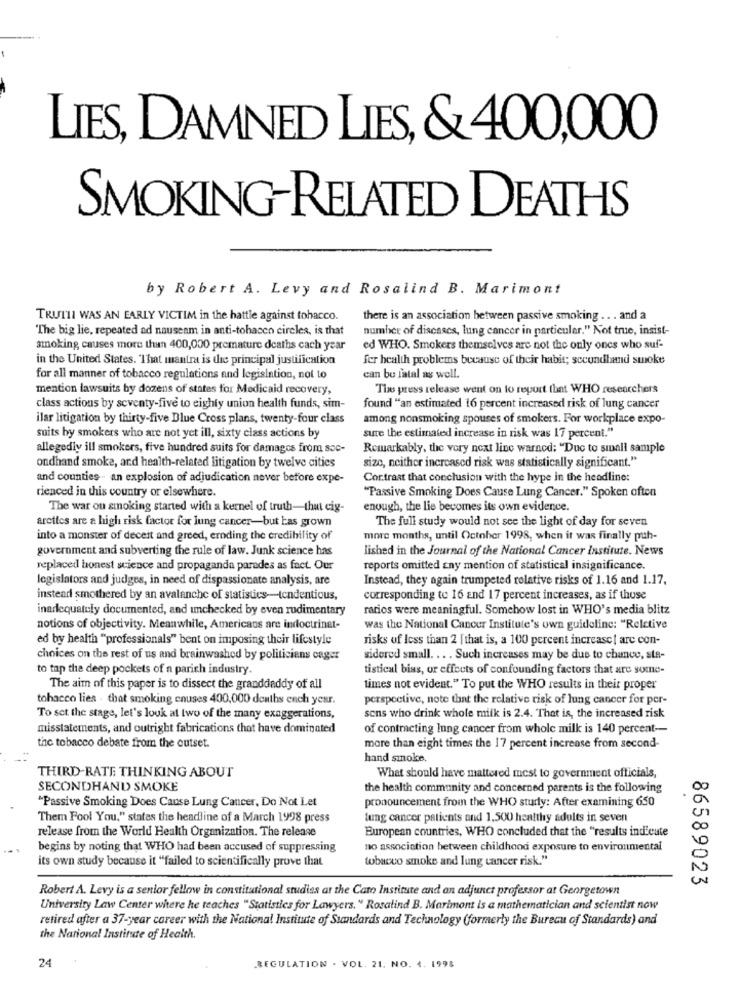
LIES, DAMNED LIES, & 400,000
SMOKING-RELATED DEATHS
by Robert A. Levy and Rosalind B. Marimont
TRUTHI WAS AN EARLY VICTIM in the battle against tobacco.
there is an association between passive smoking .. . and a
The big lie, repeated ad nauseam in anti-tobacco circles, is that
number of diseases, lung cancer in particular." Not true, insist-
smoking causes more than 400,000 premature deaths cach year
ed WHO. Smokers themselves are not the only ones who suf-
in the United States. That mantra is the principal justification
fer health problems because of their habit; secondhand smoke
for all manner of tobacco regulations and legislation, not to
can be latal as well.
mention lawsuits by dozens of states for Medicaid recovery,
Tins press release went on to report that WHO researchers
class actions by seventy-five to eighty union health funds, sim-
found "an estimated 16 percent increased risk of lung cancer
ilar litigation by thirty-five Blue Cross plans, twenty-four class
among nonsmoking spouses of smokers. For workplace expo-
suits by smokers who are not yet ill, sixty class actions by
sure the estimated increase in risk was 17 percent."
allegedly ill smokers, five hundred suits for damages from sec-
Remarkably, the very next line waracd: "Duc to small sample
size, neither increased risk was statistically significant."
ondhand smoke, and health-related litigation by twelve cities
and counties - an explosion of adjudication never before expe-
Cor.traat that conclusion with the hype in the headline:
rienced in this country or elsewhere.
"Passive Smoking Does Cause Lung Cancer." Spoken often
The war ou smoking started with a kernel of truth-that cig-
enough, the lie becomes its own evidence.
aretles are a high risk factor for lung cancer-but has grown
The full study would not see the light of day for seven
into a monster of deceit and greed, eroding the credibility of
more months, until October 1998, when it was finally puh-
government and subverting the rule of law. Junk science has
lished in the Journal of the National Cancer Institute. News
replaced honest science and propaganda paredes as fact. Our
reports omitted any mention of statistical insignificance.
legislators and judges, in need of dispassionate analysis, are
Instead, they again trumpeted relative risks of 1.16 and 1.17.
instead smothered by an avalanche of statistics-tendentious,
corresponding to 16 and 17 percent increases, as if those
inadequately documented, and unchecked by even rudimentary
ratios were meaningful. Somehow lost in WHO's media blitz
notions of objectivity. Meanwhile, Americans are indoctrinat-
was the National Cancer Institute's own guideline: "Relative
ed by health "professionals" bent on imposing their lifestyle
risks of less than 2 [that is, a 100 percent increase| are con-
choices on the rest of us and brainwashed by politiciens cager
sidered small. ... Such increases may be due to chance, sta-
to tap the deep pockets of a parich industry.
tistical bias, or effects of confounding factors that are some-
The aim of this paper is to dissect the granddaddy of all
times not evident." To put the WHO results in their proper
tobacco lies . that smoking enuses 400,000 deaths ench year.
perspective, note that the relative risk of lung cancer for per-
To set the stage, let's louk at two of the many exaggerations,
sons who drink whole milk is 2.4. That is, the increased risk
misstatements, and outright fabrications that have dominated
of contracting lung cancer from whole milk is 140 percent --
the tobacco debate from the outset.
more than eight times the 17 percent increase from second-
hand smoke,
THIRD-RATE THINKING ABOUT
What should have mattered mest to government officials,
SECONDHAND SMOKE
the health community and concerned parents is the following
pronouncement from the WHO study: After examining 650
"Passive Smoking Does Cause Lung Cancer, Do Not Let
Them Fool You," states the headline of a March 1998 press
tung cancer patients and 1,500 healthy adults in seven
release from the World Health Organization. The release
European countries, WHO concluded that the "results ind'cute
begins by noting that WHO had been accused of suppressing
no association between childhood exposure to environmental
its own study because it "failed to scientifically prove that
tobacco smoke and lung cancer risk."
86589023
Robert A. Levy is a senior fellow in constitutional studies at the Cato Institute and an adjunct professor at Georgetown
University Law Center where he teaches "Statistics for Lawyers. " Rosalind B. Marimont is a mathematician and scientist now
retired after a 37-year career with the National Institute of Standards and Technology (formerly the Bureau of Standards) and
the National Institute of Health.
24
REGULATION . VOL. 21. NO. 4. 1995